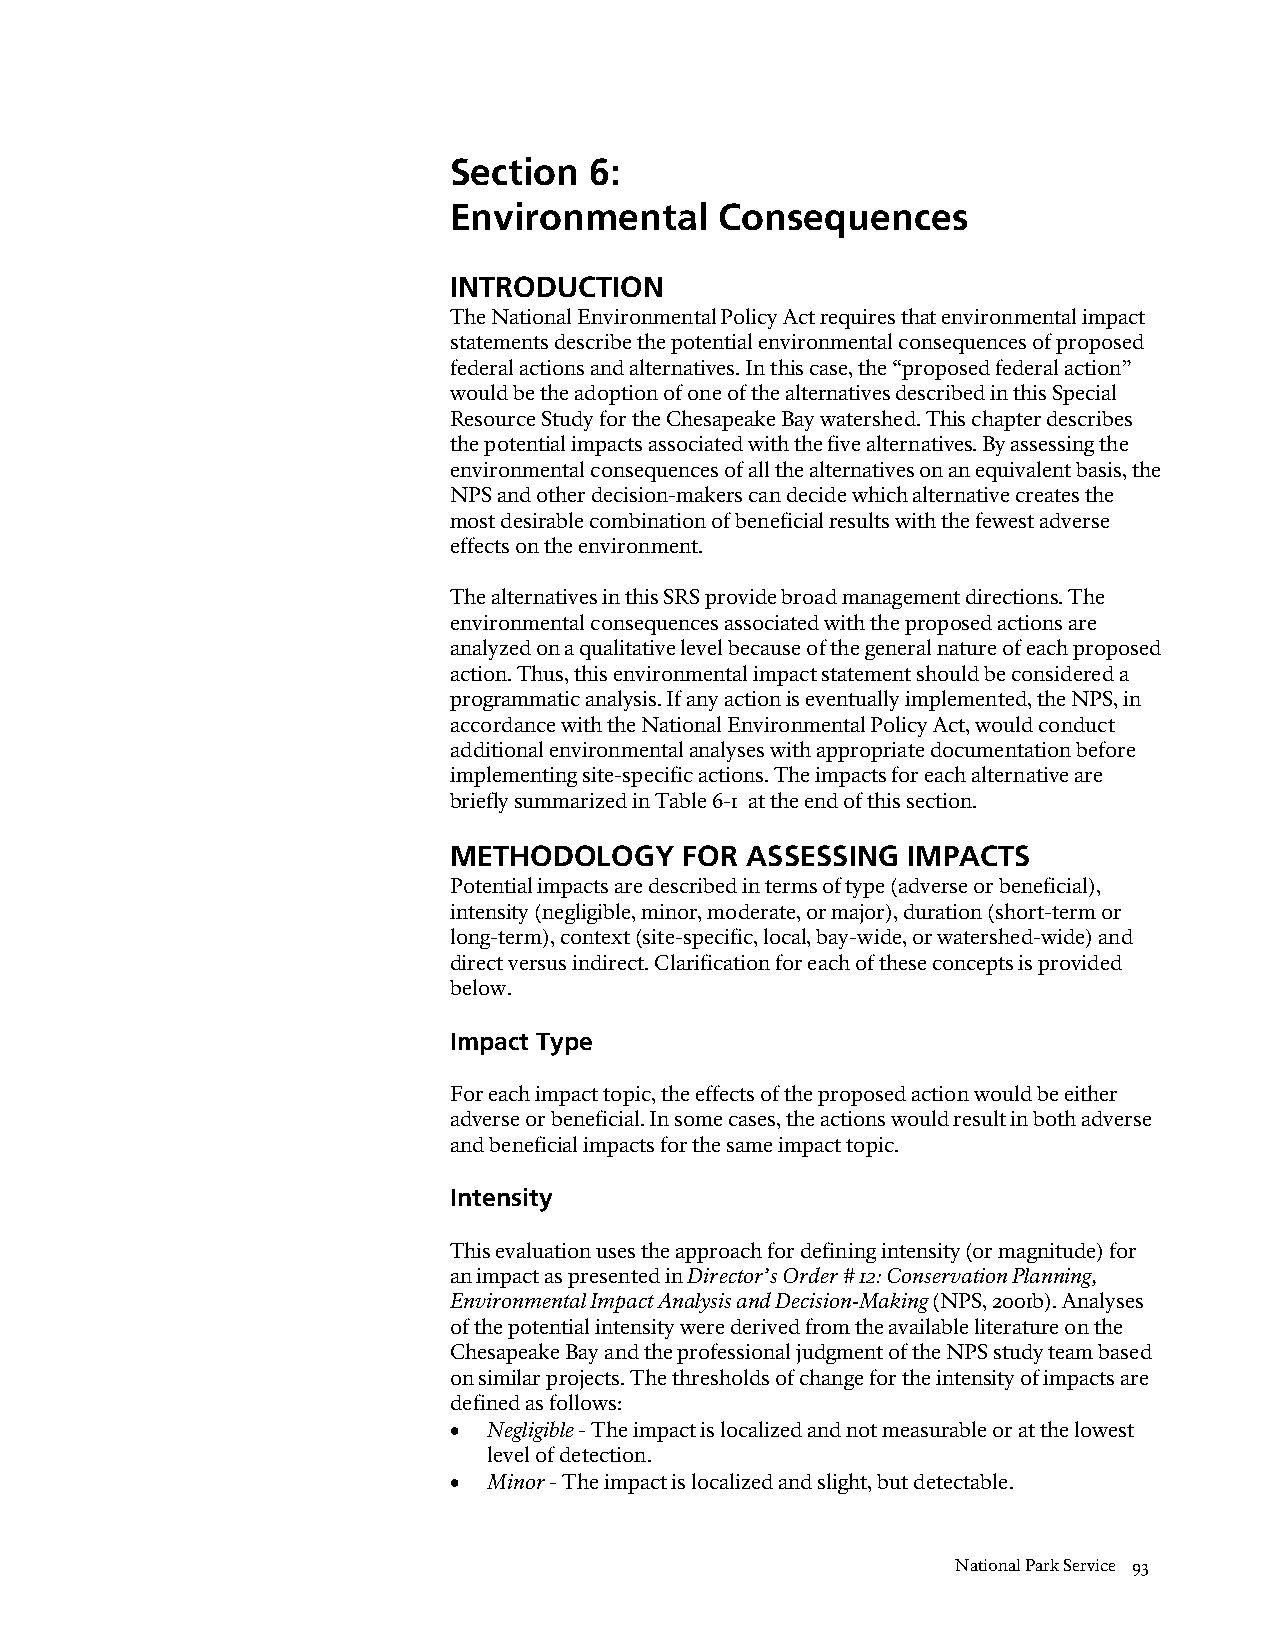
Section  6:
 Environmental     Consequences
 INTRODUCTION
 The National Environmental Policy Act requires that environmental impact
 statements describe the potential environmental consequences of proposed
 federal actions and alternatives. In this case, the “proposed federal action”
 would be the adoption of one of the alternatives described in this Special
 Resource Study for the Chesapeake Bay watershed. This chapter describes
 the potential impacts associated with the five alternatives. By assessing the
 environmental consequences of all the alternatives on an equivalent basis, the
 NPS and other decision-makers can decide which alternative creates the
 most desirable combination of beneficial results with the fewest adverse
 effects on the environment.
 The alternatives in this SRS provide broad management directions. The
 environmental consequences associated with the proposed actions are
 analyzed on a qualitative level because of the general nature of each proposed
 action. Thus, this environmental impact statement should be considered a
 programmatic analysis. If any action is eventually implemented, the NPS, in
 accordance with the National Environmental Policy Act, would conduct
 additional environmental analyses with appropriate documentation before
 implementing site-specific actions. The impacts for each alternative are
 briefly summarized in Table 6-1 at the end of this section.
 METHODOLOGY    FOR ASSESSING  IMPACTS
 Potential impacts are described in terms of type (adverse or beneficial),
 intensity (negligible, minor, moderate, or major), duration (short-term or
 long-term), context (site-specific, local, bay-wide, or watershed-wide) and
 direct versus indirect. Clarification for each of these concepts is provided
 below.
 Impact Type
 For each impact topic, the effects of the proposed action would be either
 adverse or beneficial. In some cases, the actions would result in both adverse
 and beneficial impacts for the same impact topic.
 Intensity
 This evaluation uses the approach for defining intensity (or magnitude) for
 an impact as presented in Director’s Order # 12: Conservation Planning,
 Environmental Impact Analysis and Decision-Making (NPS, 2001b). Analyses
 of the potential intensity were derived from the available literature on the
 Chesapeake Bay and the professional judgment of the NPS study team based
 on similar projects. The thresholds of change for the intensity of impacts are
 defined as follows:
 • Negligible - The impact is localized and not measurable or at the lowest
 level of detection.
 • Minor - The impact is localized and slight, but detectable.
 National Park Service 93